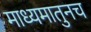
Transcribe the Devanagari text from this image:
माध्यमातुनच